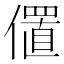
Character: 𫣧